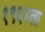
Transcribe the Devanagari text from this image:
१९६४ला